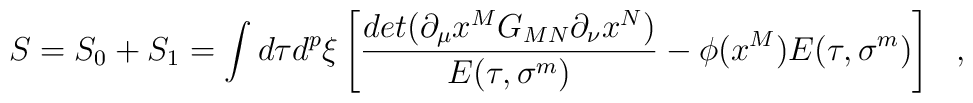
S=S_0+S_1 = \int d\tau d^{p}\xi\left[{det(\partial_\mu x^M G_{MN} \partial_\nu x^N)\over E(\tau,\sigma^m)} -{\phi(x^M)} E (\tau,\sigma^m)\right]~~,